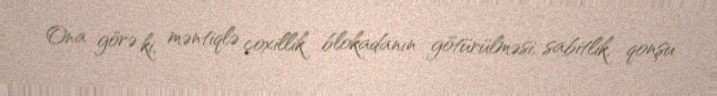
Ona görə ki, məntiqlə çoxillik blokadanın götürülməsi, sabitlik, qonşu